Civil Veterinary Dept. Assam report 1927-50 - 1927-1950
Year: 1927
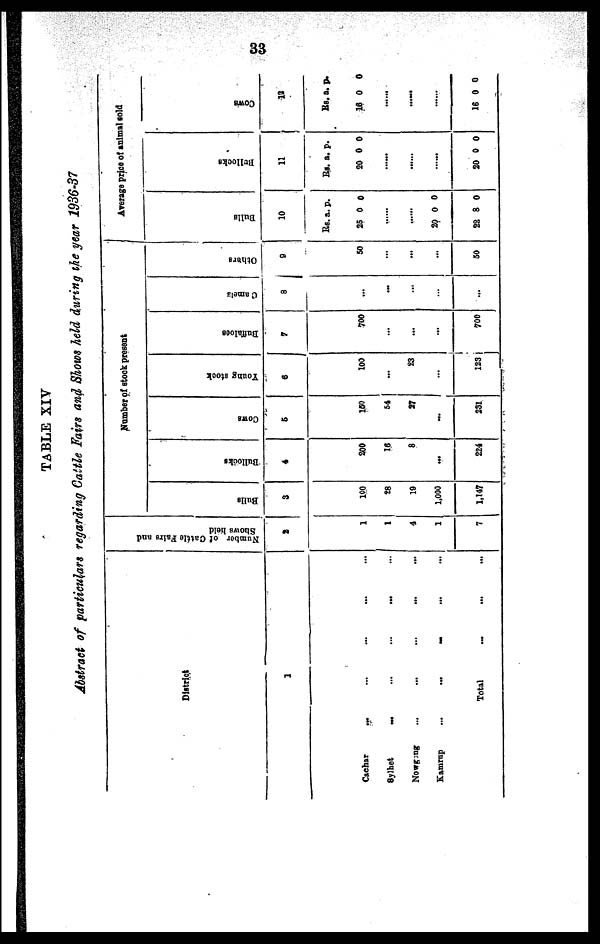
33
TABLE XIV
Abstract of particulars regarding Cattle Fairs and Shows held during the year 1936-37
District
1
Cachar ... ... ... ...
Sylhet ... ... ... ...
Nowgong
...
...
...
...
Kamrup
...
... ... ... ...
Total ... ... ...
Nu mb e r of C a t t l e Fai rs and
Shows hel d
2
1
1
4
1
7
Number of stock present
Bulls
3
100
28
19
1,000
1,147
Bullocks
4
200
16
8
...
224
Cows
5
150
54
27
...
231
Young stock
6
100
...
23
...
123
Buffaloes
7
700
...
...
...
700
Camels
8
...
...
...
...
...
Othters
9
50
...
...
...
50
Average price of animal sold
Bulls
10
Rs.
25
......
......
20
22
a.
0 0
0
8
p.
0
0
Bul l
ocks
11
RS.
20
......
......
......
20
a.
0
0
p.
0
0
Cows
12
RS.
16
......
...
......
16
a.
0
...
0
p.
0
0